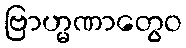
ဗြာဟ္မဏာတွေဝ